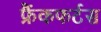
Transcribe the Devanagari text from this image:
फ्रैंकफर्टस